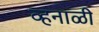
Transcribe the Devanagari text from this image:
व्हनाळी